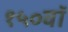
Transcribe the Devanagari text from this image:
१५०वॉ